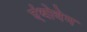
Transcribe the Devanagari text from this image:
एंथोवेम